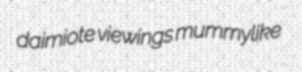
daimiote viewings mummylike